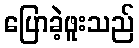
ပြောခဲ့ဖူးသည်